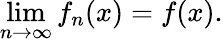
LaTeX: \operatorname*{lim}_{n\rightarrow\infty}f_{n}(x)=f(x).